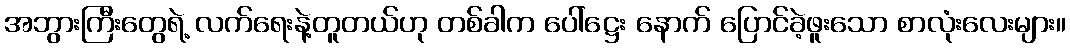
အဘွားကြီးတွေရဲ့ လက်ရေးနဲ့တူတယ်ဟု တစ်ခါက ပေါ်ဋ္ဌေး နောက် ပြောင်ခဲ့ဖူးသော စာလုံးလေးများ။